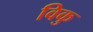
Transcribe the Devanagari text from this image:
विकु